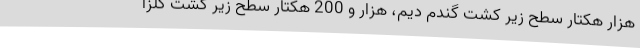
هزار هکتار سطح زیر کشت گندم دیم، هزار و 200 هکتار سطح زیر کشت کلزا